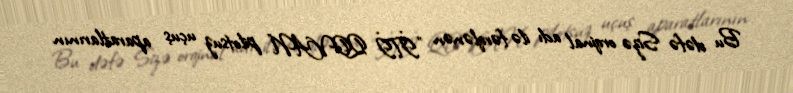
Bu dəfə Sizə orqinal adı ilə fərqlənən "İTİ QOVAN" pilotsuz uçuş aparatlarının